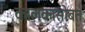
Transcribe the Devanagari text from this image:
कालकासोबत